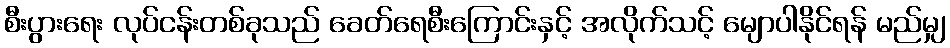
စီးပွားရေး လုပ်ငန်းတစ်ခုသည် ခေတ်ရေစီးကြောင်းနှင့် အလိုက်သင့် မျောပါနိုင်ရန် မည်မျှ